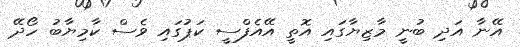
އޭނާ އަދި ބުނީ މާޒިޔާގައި އޮތީ އޭއެފްސީ ކަޕުގައި ވެސް ކާމިޔާބު ހޯދޭ